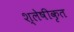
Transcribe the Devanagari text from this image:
श्लेषीकृत